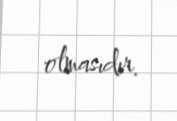
olmasıdır.